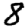
Digit: 8